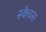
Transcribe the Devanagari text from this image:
स्केचस